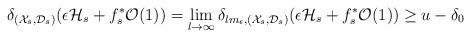
LaTeX: \begin{align*}\delta_{(\mathcal{X}_s,\mathcal{D}_s)}(\epsilon\mathcal{H}_s+f_s^*\mathcal{O}(1))=\lim_{l\to\infty}\delta_{lm_\epsilon,(\mathcal{X}_s,\mathcal{D}_s)}(\epsilon\mathcal{H}_s+f_s^*\mathcal{O}(1))\ge u-\delta_0\end{align*}